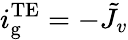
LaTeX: i_{\mathrm{g}}^{\mathrm{TE}}=-\tilde{J}_{v}